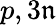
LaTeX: p,3\mathfrak{n}